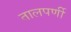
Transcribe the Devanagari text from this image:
तालपर्णी